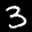
Label: 3